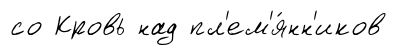
со Кровь над пл'ем'я́нн'иков